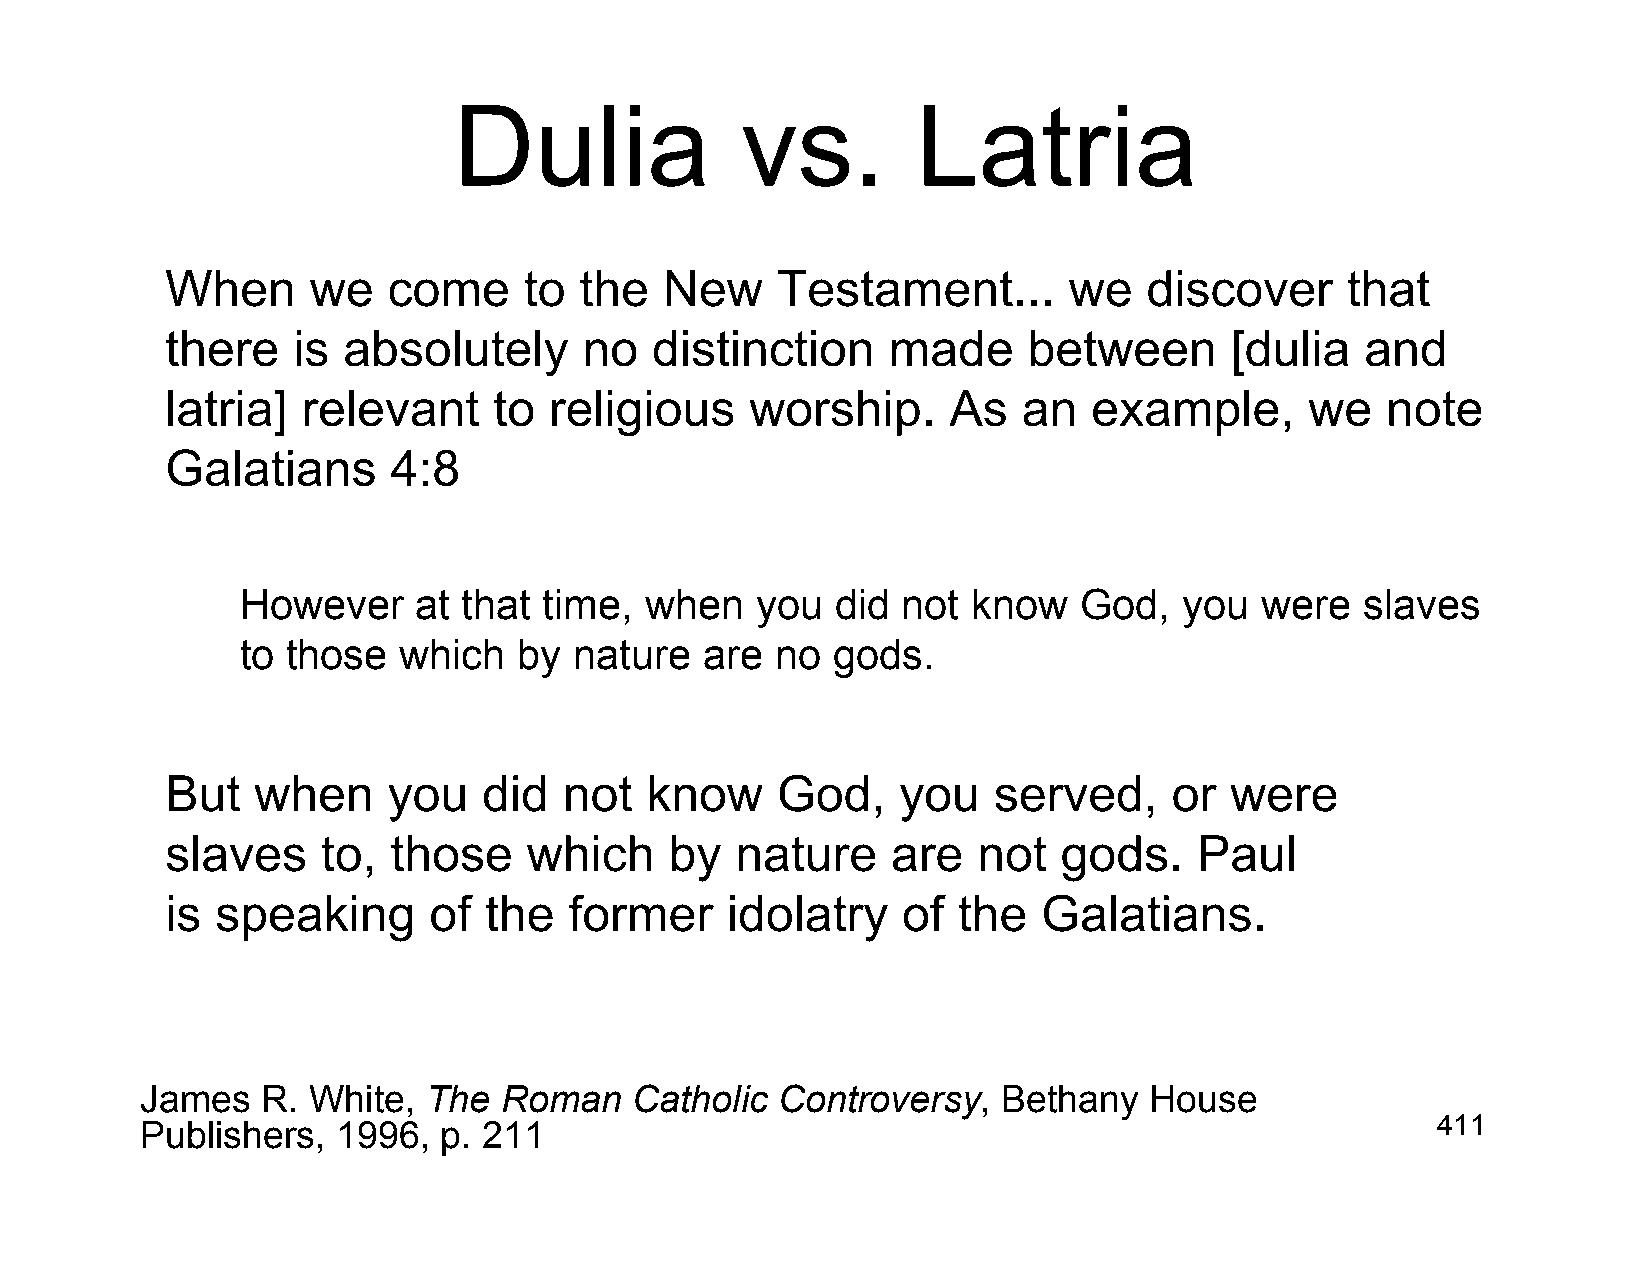
Dulia              vs.         Latria
 When     we    come     to the   New    Testament...        we   discover     that
 there   is  absolutely      no  distinction     made     between      [dulia   and
 latria]  relevant     to religious     worship.     As   an  example,       we   note
 Galatians      4:8
 However     at that time,  when   you  did  not know   God,   you  were   slaves
 to those  which   by  nature   are no  gods.
 But   when     you   did  not   know    God,     you   served,     or were
 slaves    to,  those    which    by   nature    are   not  gods.    Paul
 is speaking      of  the   former    idolatry    of the   Galatians.
 James   R. White,  The  Roman    Catholic Controversy,   Bethany   House
 Publishers,  1996,  p. 211                                                            411